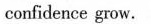
and confidence grow.